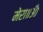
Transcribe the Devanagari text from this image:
मेरा॥ॐ